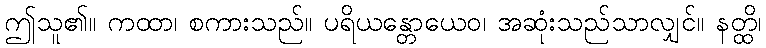
ဤသူ၏။ ကထာ၊ စကားသည်။ ပရိယန္တောယေဝ၊ အဆုံးသည်သာလျှင်။ နတ္ထိ၊